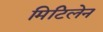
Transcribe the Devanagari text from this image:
मिटिलेन